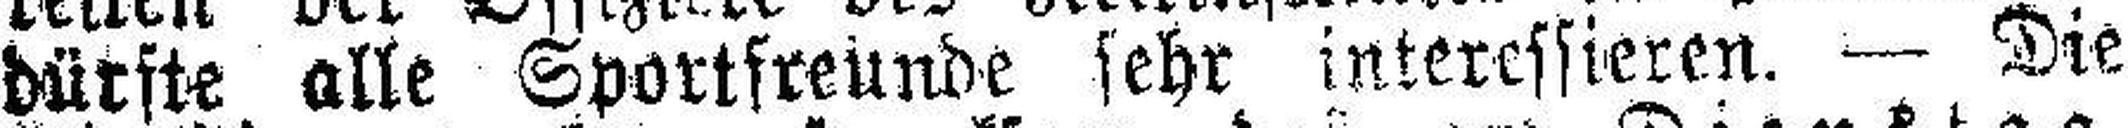
dürfte alle Sportfreunde sehr interessieren. — Die